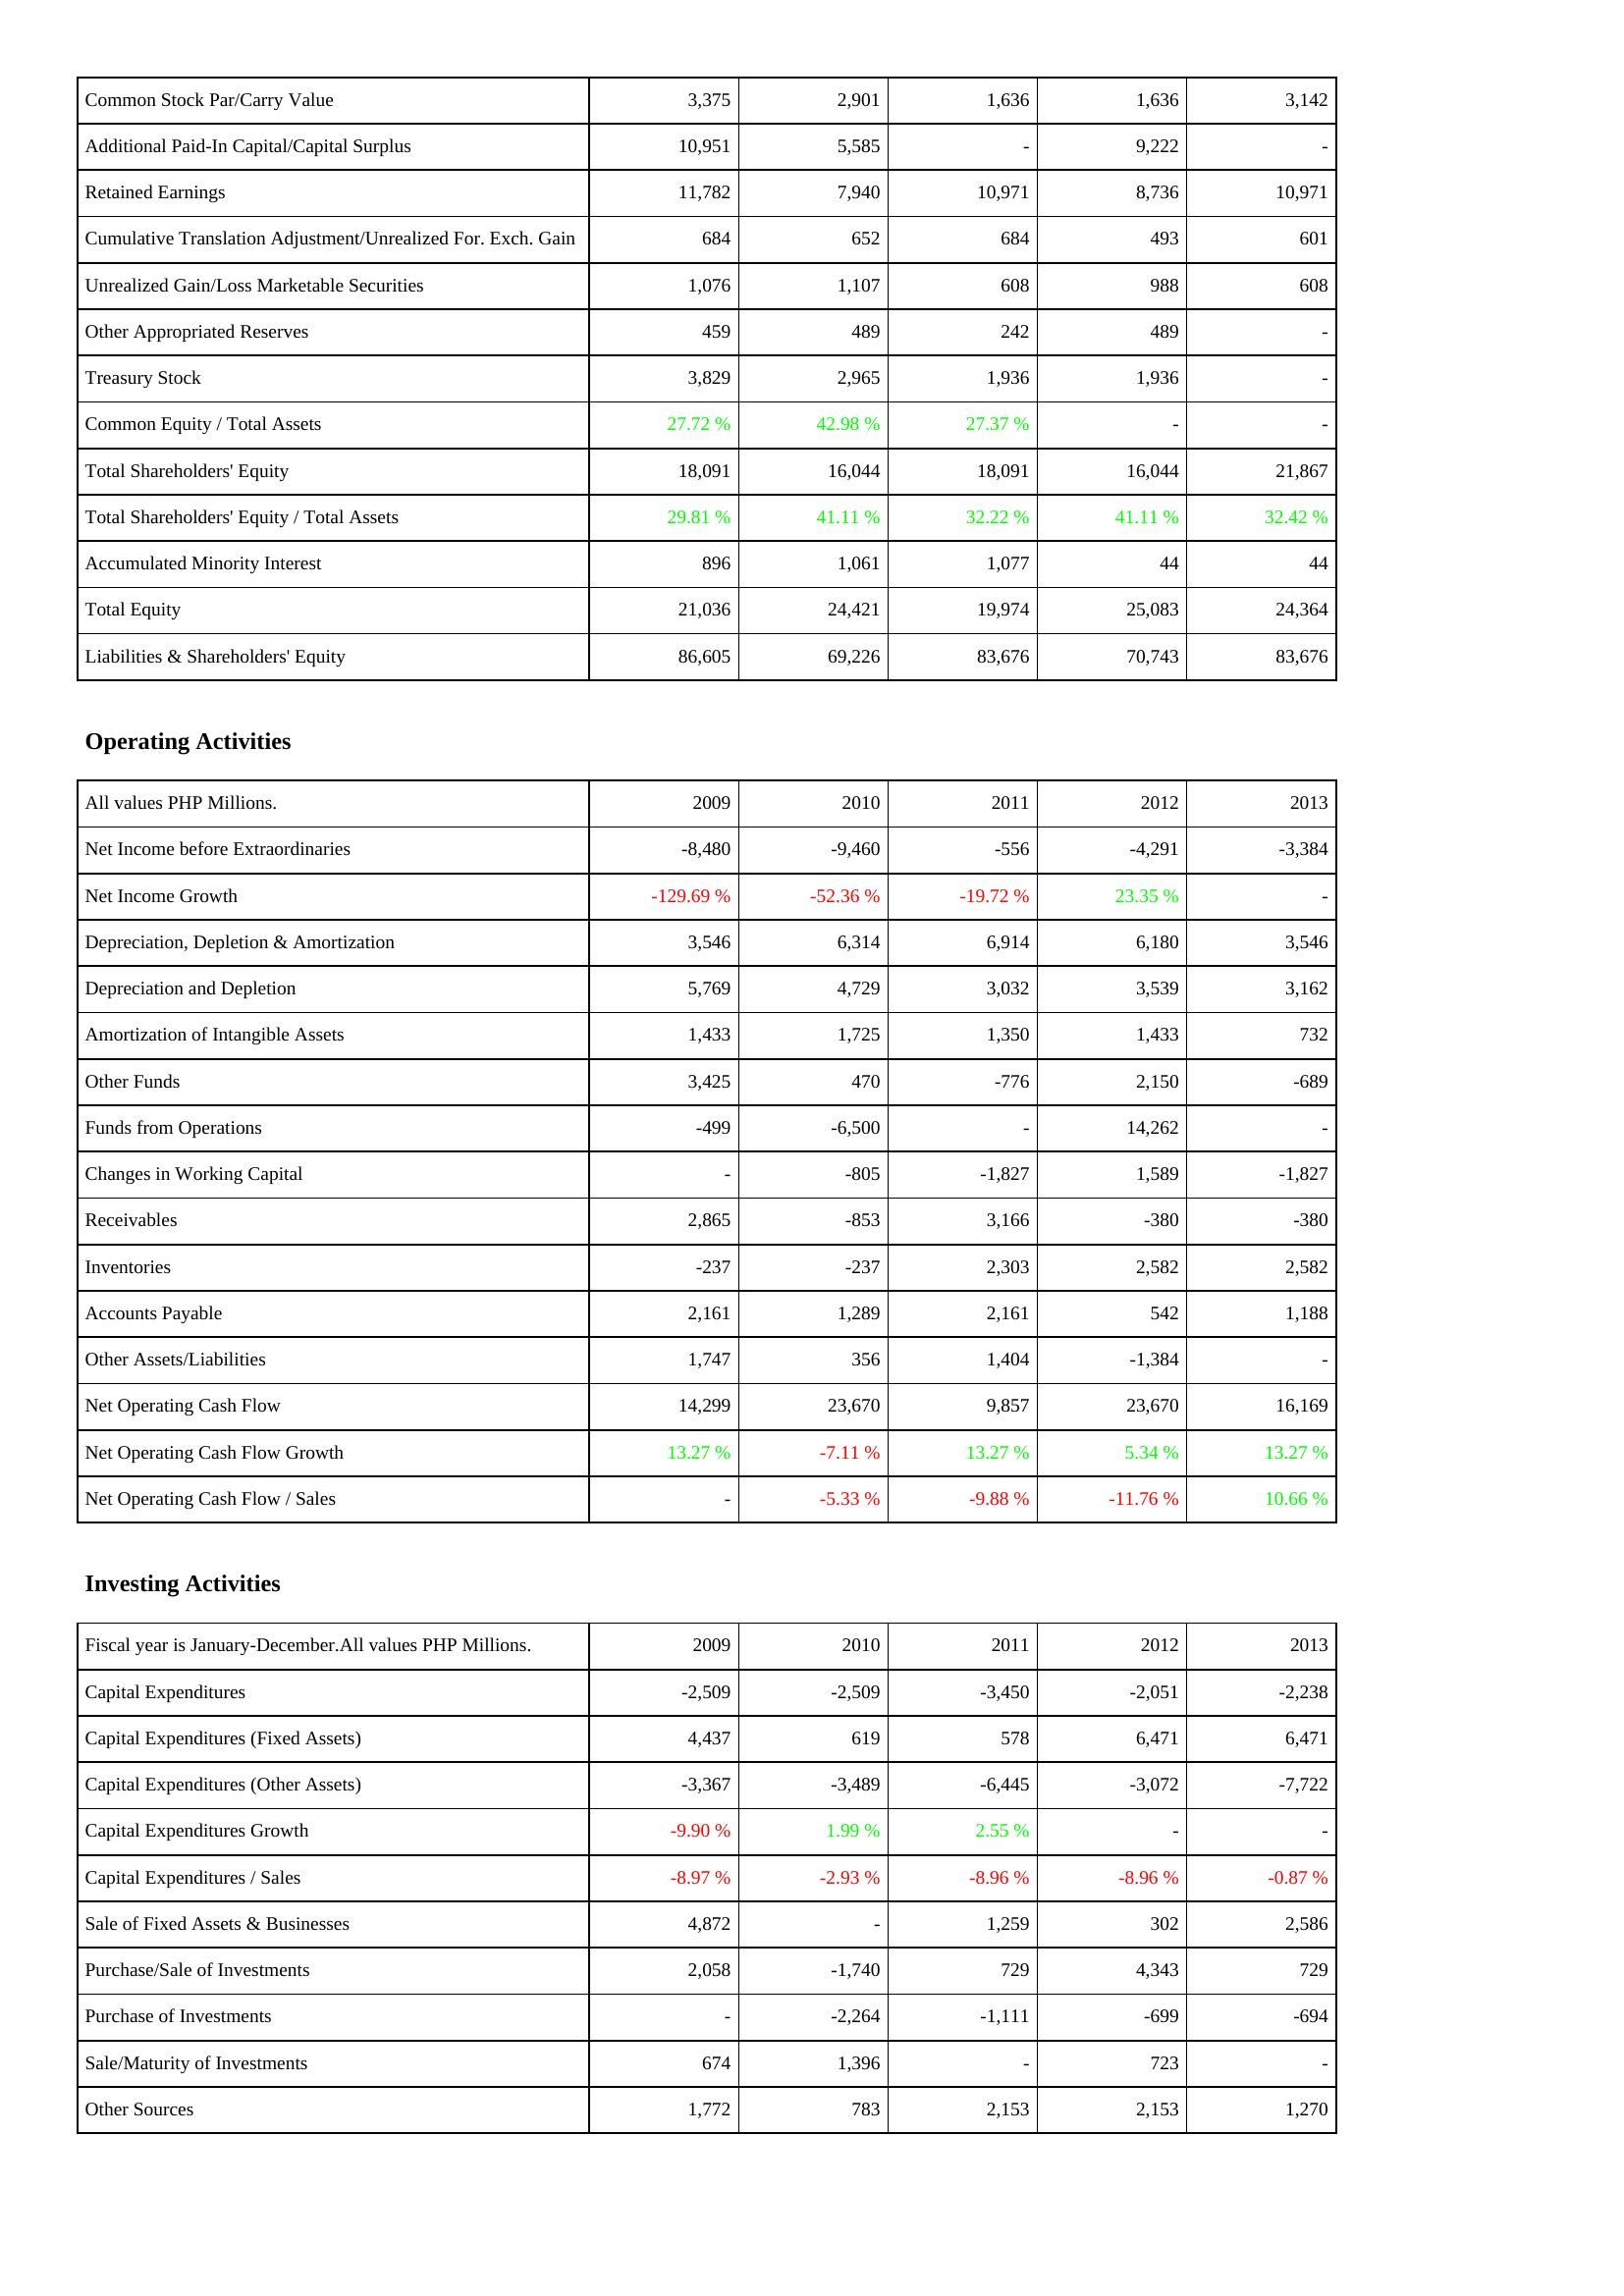
2009: Liabilities & Shareholders' Equity: Common Stock Par/Carry Value: 3,375
Additional Paid-In Capital/Capital Surplus: 10,951
Retained Earnings: 11,782
Cumulative Translation Adjustment/Unrealized For. Exch. Gain: 684
Unrealized Gain/Loss Marketable Securities: 1,076
Other Appropriated Reserves: 459
Treasury Stock: 3,829
Common Equity / Total Assets: 27.72 %
Total Shareholders' Equity: 18,091
Total Shareholders' Equity / Total Assets: 29.81 %
Accumulated Minority Interest: 896
Total Equity: 21,036
Liabilities & Shareholders' Equity: 86,605
Operating Activities: Net Income before Extraordinaries: -8,480
Net Income Growth: -129.69 %
Depreciation, Depletion & Amortization: 3,546
Depreciation and Depletion: 5,769
Amortization of Intangible Assets: 1,433
Other Funds: 3,425
Funds from Operations: -499
Changes in Working Capital: -
Receivables: 2,865
Inventories: -237
Accounts Payable: 2,161
Other Assets/Liabilities: 1,747
Net Operating Cash Flow: 14,299
Net Operating Cash Flow Growth: 13.27 %
Net Operating Cash Flow / Sales: -
Investing Activities: Capital Expenditures: -2,509
Capital Expenditures (Fixed Assets): 4,437
Capital Expenditures (Other Assets): -3,367
Capital Expenditures Growth: -9.90 %
Capital Expenditures / Sales: -8.97 %
Sale of Fixed Assets & Businesses: 4,872
Purchase/Sale of Investments: 2,058
Purchase of Investments: -
Sale/Maturity of Investments: 674
Other Sources: 1,772
2010: Liabilities & Shareholders' Equity: Common Stock Par/Carry Value: 2,901
Additional Paid-In Capital/Capital Surplus: 5,585
Retained Earnings: 7,940
Cumulative Translation Adjustment/Unrealized For. Exch. Gain: 652
Unrealized Gain/Loss Marketable Securities: 1,107
Other Appropriated Reserves: 489
Treasury Stock: 2,965
Common Equity / Total Assets: 42.98 %
Total Shareholders' Equity: 16,044
Total Shareholders' Equity / Total Assets: 41.11 %
Accumulated Minority Interest: 1,061
Total Equity: 24,421
Liabilities & Shareholders' Equity: 69,226
Operating Activities: Net Income before Extraordinaries: -9,460
Net Income Growth: -52.36 %
Depreciation, Depletion & Amortization: 6,314
Depreciation and Depletion: 4,729
Amortization of Intangible Assets: 1,725
Other Funds: 470
Funds from Operations: -6,500
Changes in Working Capital: -805
Receivables: -853
Inventories: -237
Accounts Payable: 1,289
Other Assets/Liabilities: 356
Net Operating Cash Flow: 23,670
Net Operating Cash Flow Growth: -7.11 %
Net Operating Cash Flow / Sales: -5.33 %
Investing Activities: Capital Expenditures: -2,509
Capital Expenditures (Fixed Assets): 619
Capital Expenditures (Other Assets): -3,489
Capital Expenditures Growth: 1.99 %
Capital Expenditures / Sales: -2.93 %
Sale of Fixed Assets & Businesses: -
Purchase/Sale of Investments: -1,740
Purchase of Investments: -2,264
Sale/Maturity of Investments: 1,396
Other Sources: 783
2011: Liabilities & Shareholders' Equity: Common Stock Par/Carry Value: 1,636
Additional Paid-In Capital/Capital Surplus: -
Retained Earnings: 10,971
Cumulative Translation Adjustment/Unrealized For. Exch. Gain: 684
Unrealized Gain/Loss Marketable Securities: 608
Other Appropriated Reserves: 242
Treasury Stock: 1,936
Common Equity / Total Assets: 27.37 %
Total Shareholders' Equity: 18,091
Total Shareholders' Equity / Total Assets: 32.22 %
Accumulated Minority Interest: 1,077
Total Equity: 19,974
Liabilities & Shareholders' Equity: 83,676
Operating Activities: Net Income before Extraordinaries: -556
Net Income Growth: -19.72 %
Depreciation, Depletion & Amortization: 6,914
Depreciation and Depletion: 3,032
Amortization of Intangible Assets: 1,350
Other Funds: -776
Funds from Operations: -
Changes in Working Capital: -1,827
Receivables: 3,166
Inventories: 2,303
Accounts Payable: 2,161
Other Assets/Liabilities: 1,404
Net Operating Cash Flow: 9,857
Net Operating Cash Flow Growth: 13.27 %
Net Operating Cash Flow / Sales: -9.88 %
Investing Activities: Capital Expenditures: -3,450
Capital Expenditures (Fixed Assets): 578
Capital Expenditures (Other Assets): -6,445
Capital Expenditures Growth: 2.55 %
Capital Expenditures / Sales: -8.96 %
Sale of Fixed Assets & Businesses: 1,259
Purchase/Sale of Investments: 729
Purchase of Investments: -1,111
Sale/Maturity of Investments: -
Other Sources: 2,153
2012: Liabilities & Shareholders' Equity: Common Stock Par/Carry Value: 1,636
Additional Paid-In Capital/Capital Surplus: 9,222
Retained Earnings: 8,736
Cumulative Translation Adjustment/Unrealized For. Exch. Gain: 493
Unrealized Gain/Loss Marketable Securities: 988
Other Appropriated Reserves: 489
Treasury Stock: 1,936
Common Equity / Total Assets: -
Total Shareholders' Equity: 16,044
Total Shareholders' Equity / Total Assets: 41.11 %
Accumulated Minority Interest: 44
Total Equity: 25,083
Liabilities & Shareholders' Equity: 70,743
Operating Activities: Net Income before Extraordinaries: -4,291
Net Income Growth: 23.35 %
Depreciation, Depletion & Amortization: 6,180
Depreciation and Depletion: 3,539
Amortization of Intangible Assets: 1,433
Other Funds: 2,150
Funds from Operations: 14,262
Changes in Working Capital: 1,589
Receivables: -380
Inventories: 2,582
Accounts Payable: 542
Other Assets/Liabilities: -1,384
Net Operating Cash Flow: 23,670
Net Operating Cash Flow Growth: 5.34 %
Net Operating Cash Flow / Sales: -11.76 %
Investing Activities: Capital Expenditures: -2,051
Capital Expenditures (Fixed Assets): 6,471
Capital Expenditures (Other Assets): -3,072
Capital Expenditures Growth: -
Capital Expenditures / Sales: -8.96 %
Sale of Fixed Assets & Businesses: 302
Purchase/Sale of Investments: 4,343
Purchase of Investments: -699
Sale/Maturity of Investments: 723
Other Sources: 2,153
2013: Liabilities & Shareholders' Equity: Common Stock Par/Carry Value: 3,142
Additional Paid-In Capital/Capital Surplus: -
Retained Earnings: 10,971
Cumulative Translation Adjustment/Unrealized For. Exch. Gain: 601
Unrealized Gain/Loss Marketable Securities: 608
Other Appropriated Reserves: -
Treasury Stock: -
Common Equity / Total Assets: -
Total Shareholders' Equity: 21,867
Total Shareholders' Equity / Total Assets: 32.42 %
Accumulated Minority Interest: 44
Total Equity: 24,364
Liabilities & Shareholders' Equity: 83,676
Operating Activities: Net Income before Extraordinaries: -3,384
Net Income Growth: -
Depreciation, Depletion & Amortization: 3,546
Depreciation and Depletion: 3,162
Amortization of Intangible Assets: 732
Other Funds: -689
Funds from Operations: -
Changes in Working Capital: -1,827
Receivables: -380
Inventories: 2,582
Accounts Payable: 1,188
Other Assets/Liabilities: -
Net Operating Cash Flow: 16,169
Net Operating Cash Flow Growth: 13.27 %
Net Operating Cash Flow / Sales: 10.66 %
Investing Activities: Capital Expenditures: -2,238
Capital Expenditures (Fixed Assets): 6,471
Capital Expenditures (Other Assets): -7,722
Capital Expenditures Growth: -
Capital Expenditures / Sales: -0.87 %
Sale of Fixed Assets & Businesses: 2,586
Purchase/Sale of Investments: 729
Purchase of Investments: -694
Sale/Maturity of Investments: -
Other Sources: 1,270